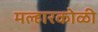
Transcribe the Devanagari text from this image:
मल्हारकोळी